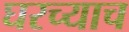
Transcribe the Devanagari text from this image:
घरच्याच